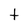
Character: t